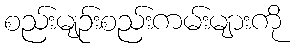
စည်းမျဉ်းစည်းကမ်းများကို